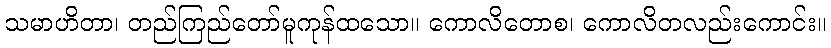
သမာဟိတာ၊ တည်ကြည်တော်မူကုန်ထသော။ ကောလိတောစ၊ ကောလိတလည်းကောင်း။